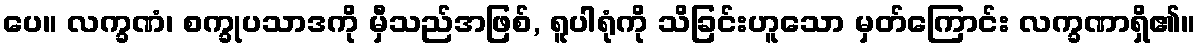
ပေ။ လက္ခဏံ၊ စက္ခုပသာဒကို မှီသည်အဖြစ်, ရူပါရုံကို သိခြင်းဟူသော မှတ်ကြောင်း လက္ခဏာရှိ၏။